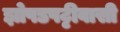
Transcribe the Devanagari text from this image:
झोपडपट्टीवासी